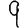
Digit: 9